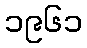
၁၉၆၁